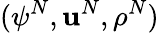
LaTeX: (\psi^{N},\mathbf{u}^{N},\rho^{N})